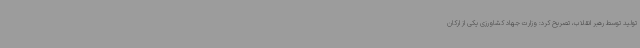
تولید توسط رهبر انقلاب، تصریح کرد: وزارت جهاد کشاورزی یکی از ارکان